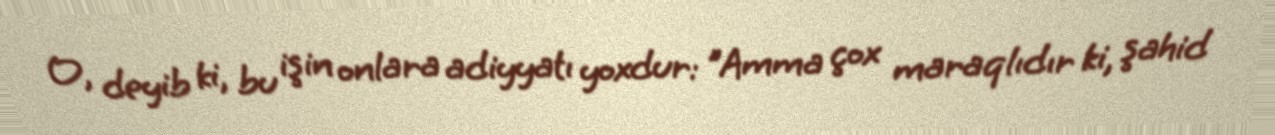
O, deyib ki, bu işin onlara adiyyatı yoxdur: "Amma çox maraqlıdır ki, şahid